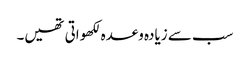
سب سے زیادہ وعدہ لکھواتی تھیں۔